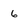
Character: 6